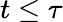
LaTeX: t\le\tau